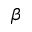
\beta